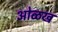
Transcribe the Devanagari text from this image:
आेळख